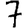
Digit: 7